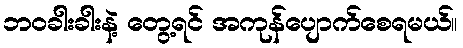
ဘဝခါးခါးနဲ့ တွေ့ရင် အကုန်ပျောက်စေရမယ်။